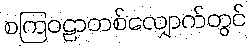
စကြဝဠာတစ်လျှောက်တွင်